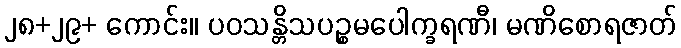
၂၈+၂၉+ ကောင်း။ ပဝသန္တိသပဉ္စမပေါက္ခရဏီ၊ မဏိစောရဇာတ်